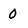
Character: 0